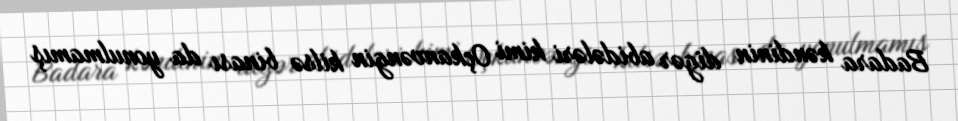
Badara kəndinin digər abidələri kimi Oçkanvəngin kilsə binası da yonulmamış